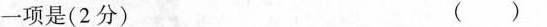
一项是(2分) ( )